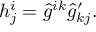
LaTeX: h _ { j } ^ { i } = \hat { g } ^ { i k } \hat { g } _ { k j } ^ { \prime } .